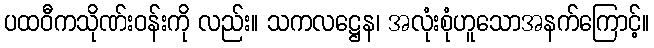
ပထဝီကသိုဏ်းဝန်းကို လည်း။ သကလဋ္ဌေန၊ အလုံးစုံဟူသောအနက်ကြောင့်။